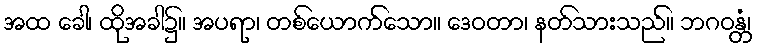
အထ ခေါ၊ ထိုအခါ၌။ အပရာ၊ တစ်ယောက်သော။ ဒေဝတာ၊ နတ်သားသည်။ ဘဂဝန္တံ၊